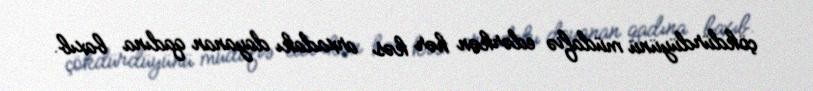
çökdürdüyünü müdafiə edərkən hər kəs arxadakı dayanan qadına baxıb.